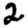
Digit: 2